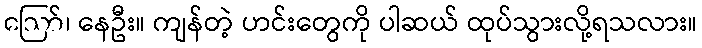
ဪ၊ နေဦး။ ကျန်တဲ့ ဟင်းတွေကို ပါဆယ် ထုပ်သွားလို့ရသလား။